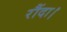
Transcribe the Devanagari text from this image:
रौंदा।